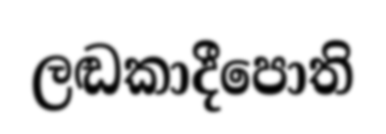
ලඬකාදීපොති